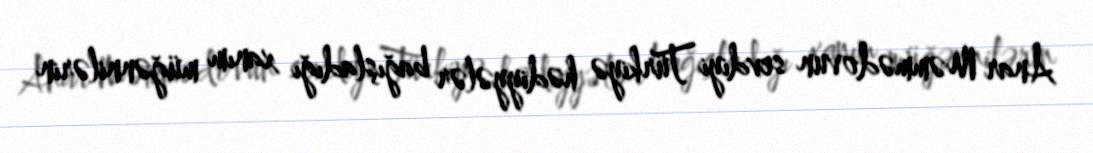
Anar Məmmədovun sevdiyi Türkiyə hədiyyələr bağışladığı xanım müğənnilərin